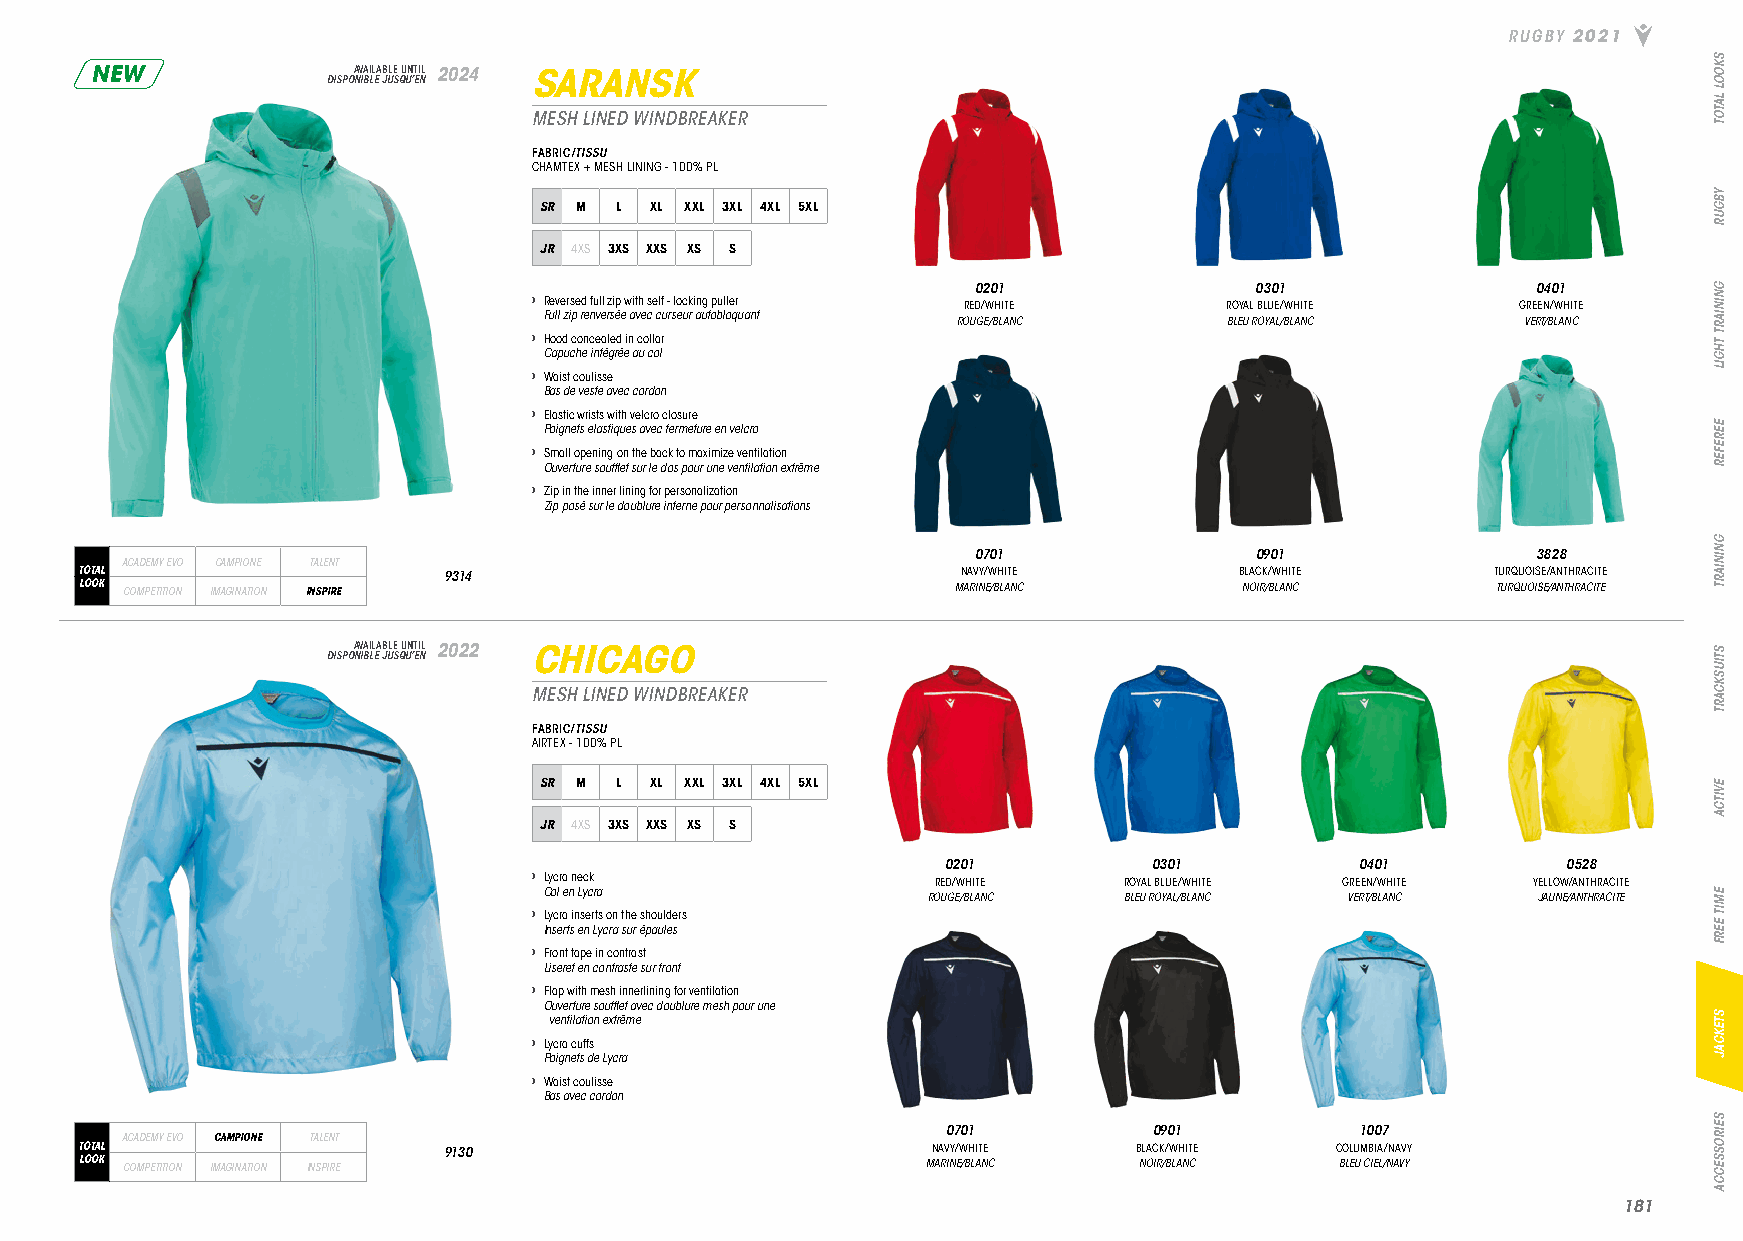
RUGBY 2021
 NEW             DISPOA NV IBA LIL EA JB ULE S QU UN ’T EI NL 2024 SARANSK
 MESH LINED WINDBREAKER
 FABRIC/TISSU
 CHAMTEX + MESH LINING - 100% PL
 SR M L XL XXL 3XL 4XL 5XL
 JR 4XS 3XS XXS XS S
 0201               0301               0401
 › Reversed full zip with self - locking puller RED/WHITE ROYAL BLUE/WHITE GREEN/WHITE
 Full zip renversée avec curseur autobloquant
 ROUGE/BLANC       BLEU ROYAL/BLANC    VERT/BLANC
 › Hood concealed in collar
 Capuche intégrée au col
 › Waist coulisse
 Bas de veste avec cordon
 › Elastic wrists with velcro closure
 Poignets elastiques avec fermeture en velcro
 › Small opening on the back to maximize ventilation
 Ouverture soufflet sur le dos pour une ventilation extrême
 › Zip in the inner lining for personalization
 Zip posé sur le doublure interne pour personnalisations
 0701              0901               3828
 ACADEMY EVO CAMPIONE TALENT
 TOTAL                   9314                               NAVY/WHITE        BLACK/WHITE      TURQUOISE/ANTHRACITE
 LOOK COMPETITION IMAGINATION INSPIRE                      MARINE/BLANC       NOIR/BLANC       TURQUOISE/ANTHRACITE
 DISPOA NV IBA LIL EA JB ULE S QU UN ’T EI NL 2022 CHICAGO
 MESH LINED WINDBREAKER
 FABRIC/TISSU
 AIRTEX - 100% PL
 SR M L XL XXL 3XL 4XL 5XL
 JR 4XS 3XS XXS XS S
 0201         0301          0401          0528
 › Lycra neck               RED/WHITE   ROYAL BLUE/WHITE GREEN/WHITE YELLOW/ANTHRACITE
 Col en Lycra             ROUGE/BLANC  BLEU ROYAL/BLANC VERT/BLANC JAUNE/ANTHRACITE
 › Lycra inserts on the shoulders
 Inserts en Lycra sur épaules
 › Front tape in contrast
 Liseret en contraste sur front
 › Flap with mesh innerlining for ventilation
 Ouverture soufflet avec doublure mesh pour une
 ventilation extrême
 › Lycra cuffs
 Poignets de Lycra
 › Waist coulisse
 Bas avec cordon
 0701         0901          1007
 ACADEMY EVO CAMPIONE TALENT
 TOTAL                   9130                             NAVY/WHITE   BLACK/WHITE  COLUMBIA/NAVY
 LOOK COMPETITION IMAGINATION INSPIRE                    MARINE/BLANC  NOIR/BLANC    BLEU CIEL/NAVY
 118811
 SKOOL
 LATOT
 YBGUR
 GNINIART
 THGIL
 EEREFER
 GNINIART
 STIUSKCART
 EVITCA
 EMIT
 EERF
 STEKCAJ
 SEIROSSECCA